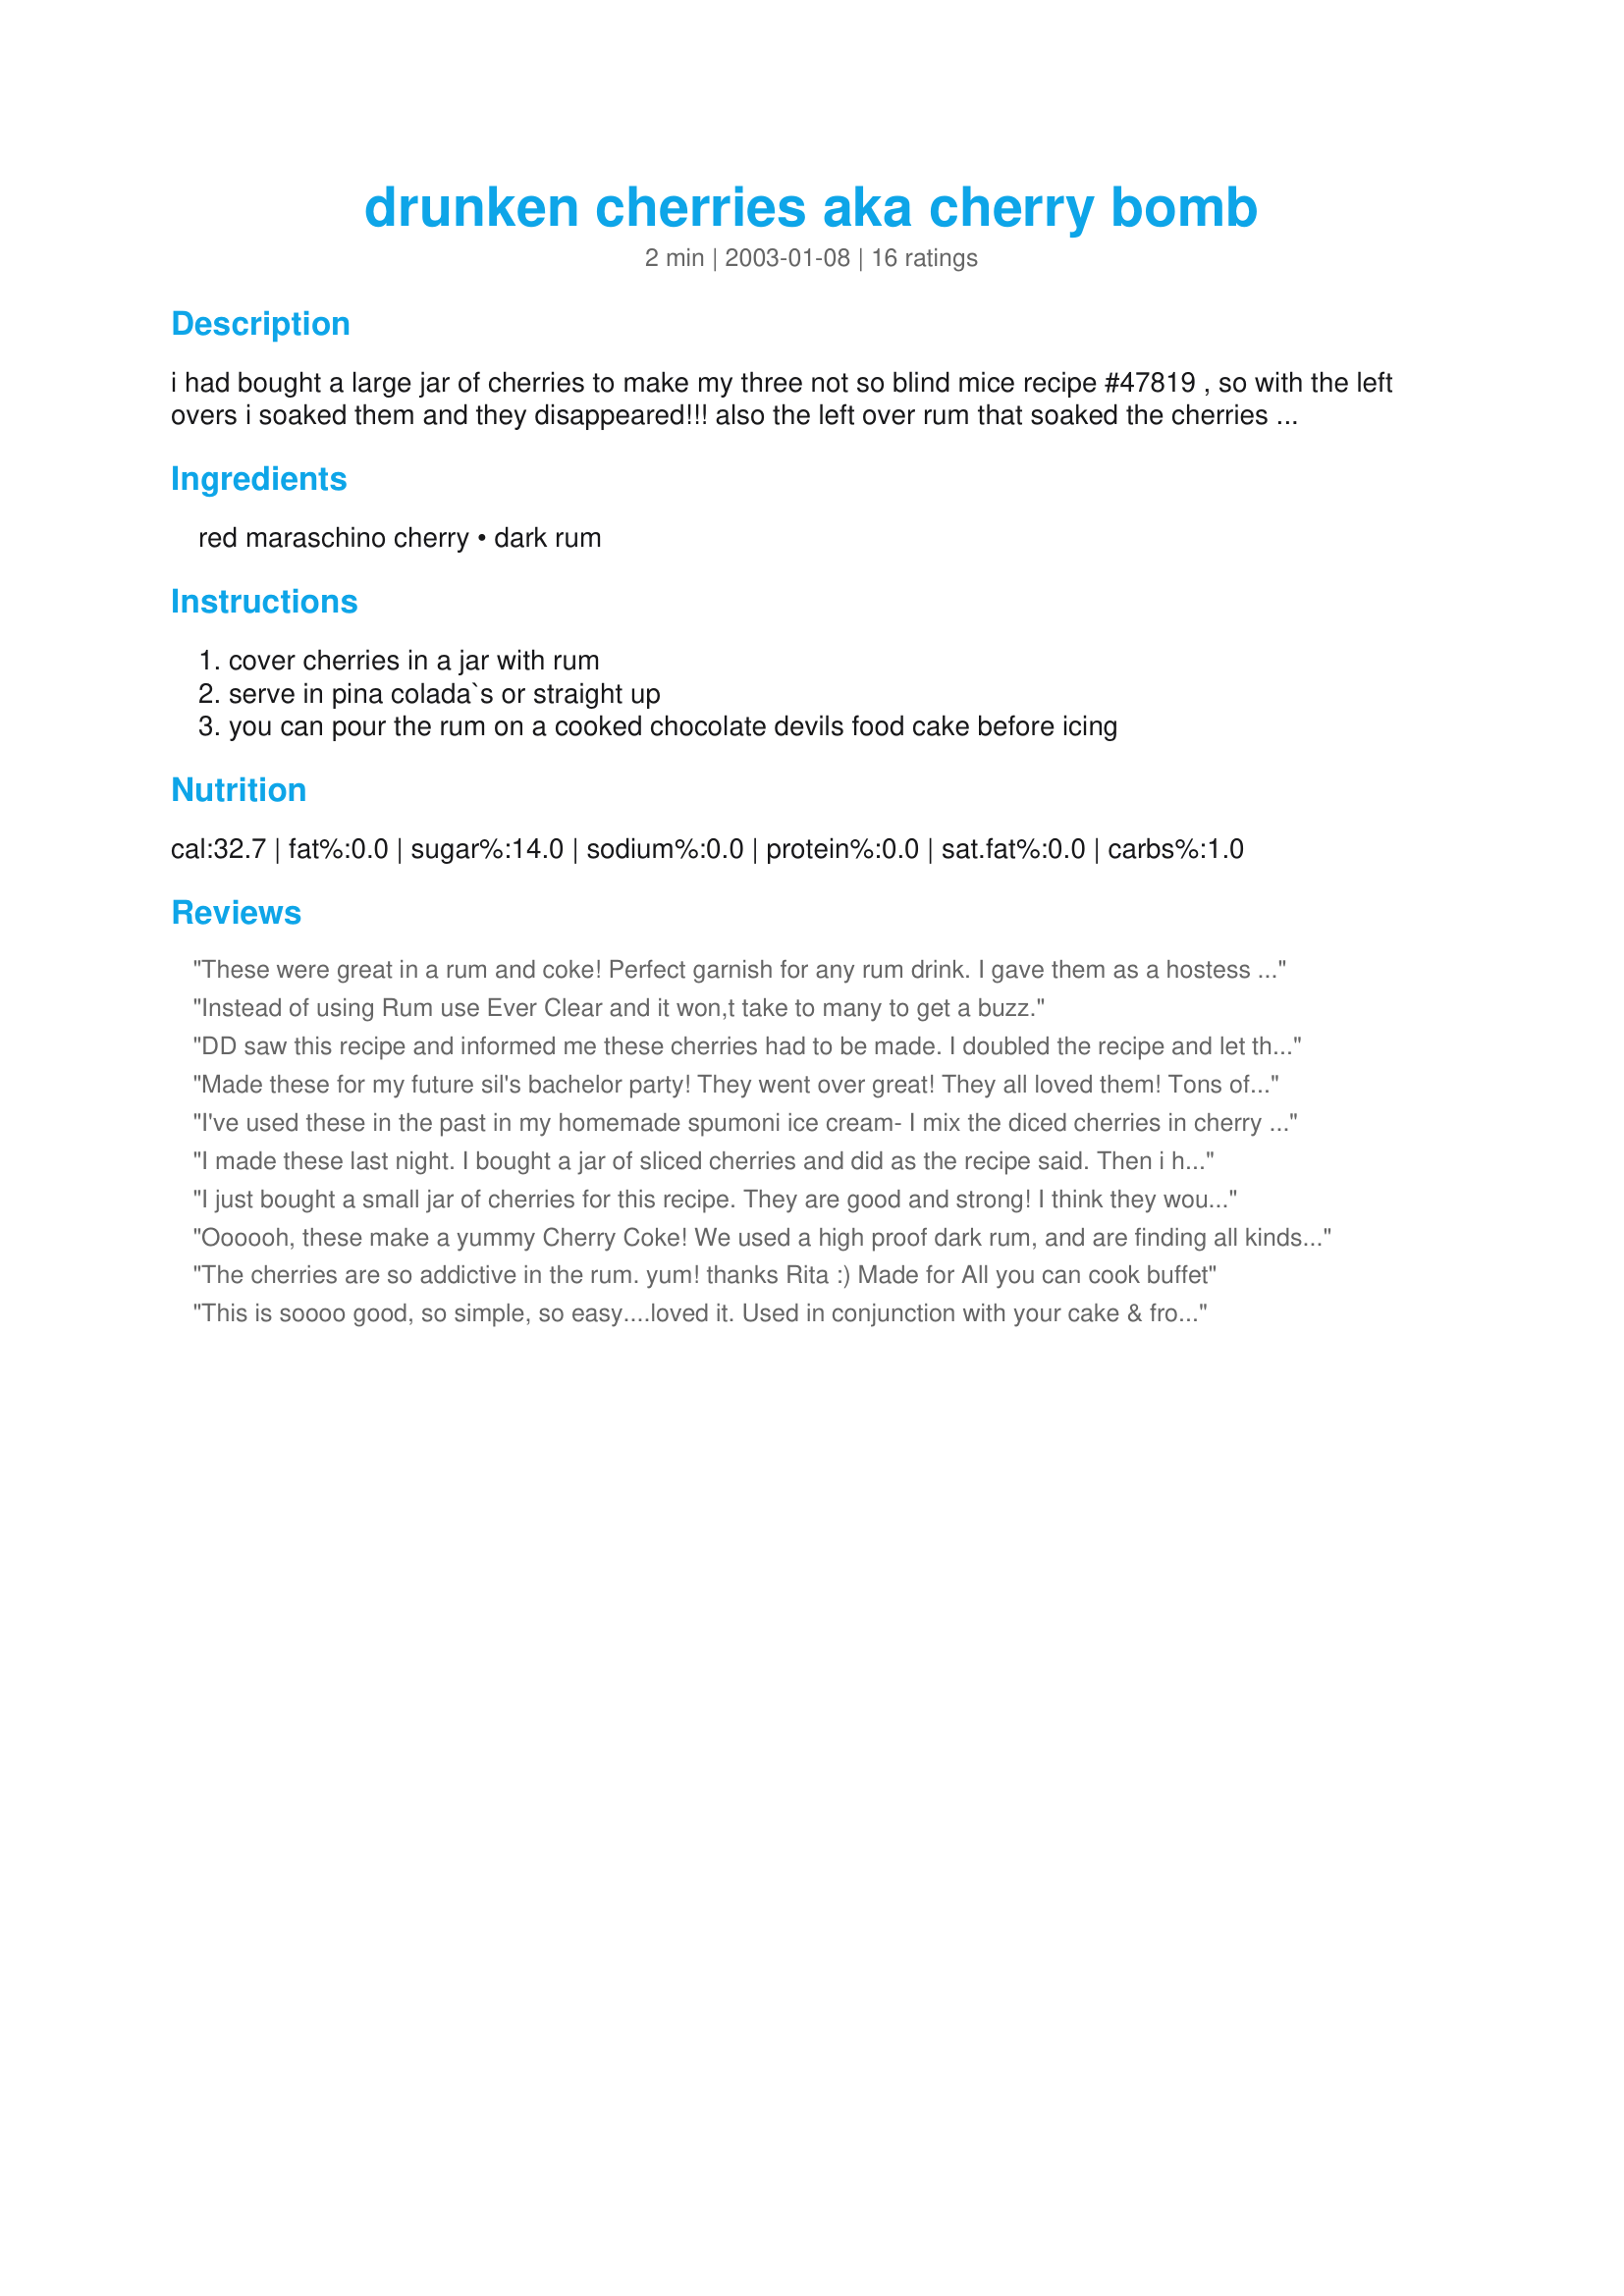
drunken cherries aka cherry bomb
Preparation time: 2 minutes

i had bought a large jar of cherries to make my three not so blind mice recipe #47819 , so with the left overs i soaked them and they disappeared!!! also the left over rum that soaked the cherries can be used in a drink of your choice or try it in my cranberry, apple spiced tea #48626

Ingredients:
red maraschino cherry, dark rum

Steps:
cover cherries in a jar with rum, serve in pina colada`s or straight up, you can pour the rum on a cooked chocolate devils food cake before icing

Reviews:
These were great in a rum and coke! Perfect garnish for any rum drink. I gave them as a hostess gift and they were enjoyed by all!
Instead of using Rum use Ever Clear and it won,t take to many to get a buzz.
DD saw this recipe and informed me these cherries had to be made. I doubled the recipe and let the cherries sit overnight. Wow, great cherries!! I made fudge brownies than topped with whipped cream, several cherries, and chocolate sauce. 

Made these for my future sil's bachelor party! They went over great! They all loved them! Tons of fun and so easy to make. I drained the cherries with a strainer and added the rum into the jar. What a surprise they had to learn that they were 'spiked' cherries! I am definitely making these for gifts this Christmas!
I've used these in the past in my homemade spumoni ice cream- I mix the diced cherries in cherry or strawberry ice cream with a little of the juice, refreeze.. I also doctor the pistachio ice cream with some extra nuts, and the good quality chocolate ice cream with good quality chocolate cut in small bits. To assemble- layer one of the ice creams in a pan (anything works- but loaf is nice)-if lined with wax paper it makes it easy to remove and slice. Freeze a bit between layering the other flavors.. When serving, take from freezer a bit ahead of time to warm a tad.. Serve by the slice with drizzled chocolate sauce and pistachio nuts..nora
I made these last night. I bought a jar of sliced cherries and did as the recipe said. Then i heated them up a tad in the microwave and drizzled some chocolate syrup on them and had them on top of ice cream. Heavenly!
I just bought a small jar of cherries for this recipe. They are good and strong! I think they would be fab on an adult milkshake, or dessert. That said, they go down fairly easily, right out of the jar! ;-) Thanks so much for sharing this beauty, Rita~!
Oooooh, these make a yummy Cherry Coke! We used a high proof dark rum, and are finding all kinds of yummy things to do with these.
The cherries are so addictive in the rum. yum! thanks Rita :) Made for All you can cook buffet
This is soooo good, so simple, so easy....loved it. Used in conjunction with your cake & frosting - it's a big hit - just don't get pulled over by a cop after you pop one of these in your mouth! ;)
My daughter in law loved these--will be great for our Christmas Eve get together-but aren't for the faint of heart--I think they are great.
These were top notch!
I have made this with vodka before. It is excellent! If you put a cherry in a shot glass and fill it half full with the juice and then fill the rest with Godiva chocolate liquor it tastes like a chocolate covered cherry shot. Great for the holidays!!!!!
 i loved these .dee
Fantastic!
I made these for my Christmas gift baskets and everyone loved them! I had some extras for us as well, and we have been having a blast using them as garnish for different drinks. My favorite drink to garnish with these so far has been the Recipe #216034. Yummy! I didn't know if I was supposed to drain the cherries or not so I just left the juice. I used 3 big jars or cherries, poured them into a large bowl and used an entire bottle of Bacardi 151. Thanks Rita for another of your GREAT recipes!
